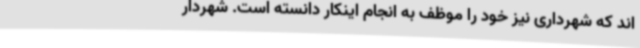
اند که شهرداری نیز خود را موظف به انجام اینکار دانسته است. شهردار